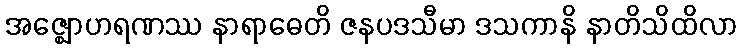
အဇ္ဈောဟရဏဿ နာရာဓေတိ ဇနပဒသီမာ ဒသကာနိ နာတိသိထိလာ